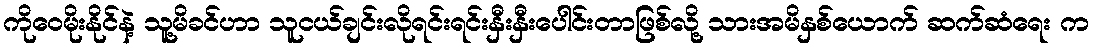
ကိုဝေမိုးနိုင်နဲ့ သူ့မိခင်ဟာ သူငယ်ချင်းလိုရင်းရင်းနှီးနှီးပေါင်းတာဖြစ်လို့ သားအမိနှစ်ယောက် ဆက်ဆံရေး က